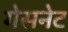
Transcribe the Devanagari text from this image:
गेसनेट